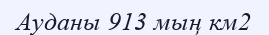
Ауданы 913 мың км2